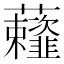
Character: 𰲗